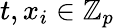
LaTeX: t,x_{i}\in\mathbb{Z}_{p}